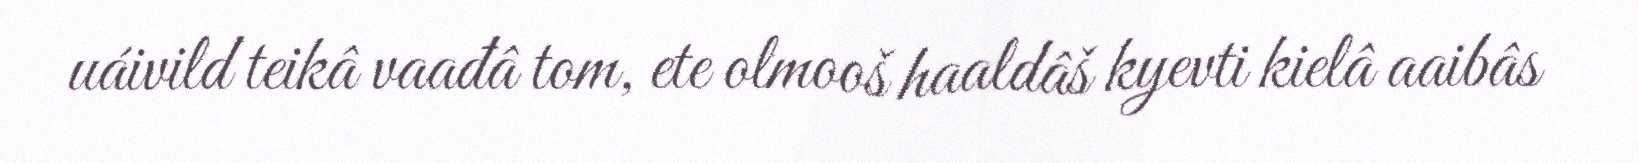
uáivild teikâ vaađâ tom, ete olmooš haaldâš kyevti kielâ aaibâs